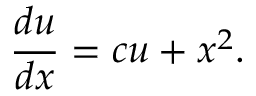
{ \frac { d u } { d x } } = c u + x ^ { 2 } .